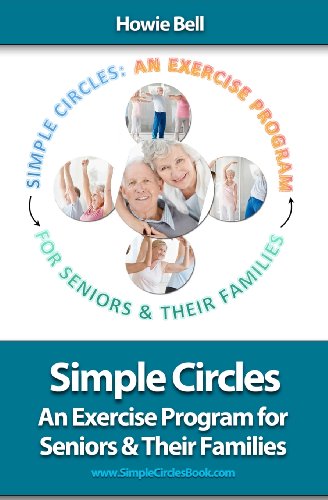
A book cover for Simple Circles: An Exercise Program for Seniors & Their Families; Howie Bell; Health, Fitness & Dieting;